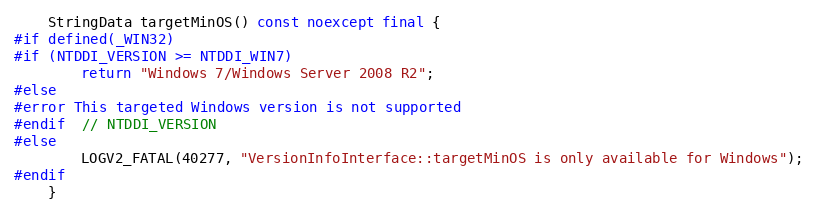
Language: C++
    StringData targetMinOS() const noexcept final {
#if defined(_WIN32)
#if (NTDDI_VERSION >= NTDDI_WIN7)
        return "Windows 7/Windows Server 2008 R2";
#else
#error This targeted Windows version is not supported
#endif  // NTDDI_VERSION
#else
        LOGV2_FATAL(40277, "VersionInfoInterface::targetMinOS is only available for Windows");
#endif
    }